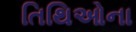
તિથિઓના